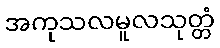
အကုသလမူလသုတ္တံ